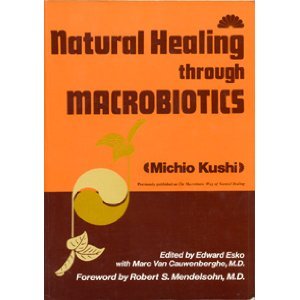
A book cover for Natural Healing Through Macrobiotics; Michio Kushi; Health, Fitness & Dieting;